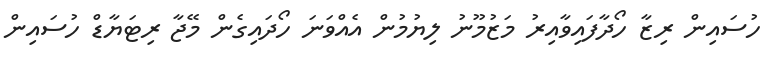
ހުސައިން ރިޒާ ހޯދާފައިވާއިރު މަޒުމޫނު ލިޔުމުން އެއްވަނަ ހޯދައިގެން މޭޖާ ރިޓަޔާޑް ހުސައިން